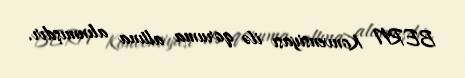
BERN Konvensiyası ilə qoruma altına alınmışdır.